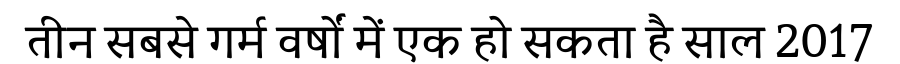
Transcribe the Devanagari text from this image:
तीन सबसे गर्म वर्षों में एक हो सकता है साल 2017